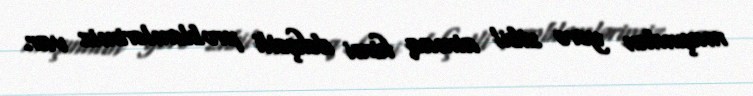
maşından yerə zibil atmaq kimi dəhşətli problemlərimiz var.